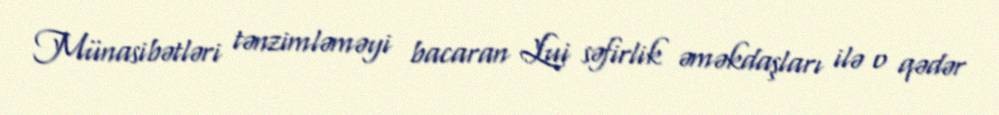
Münasibətləri tənzimləməyi bacaran Lui səfirlik əməkdaşları ilə o qədər